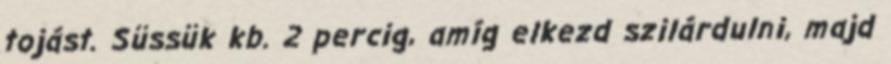
tojást. Süssük kb. 2 percig, amíg elkezd szilárdulni, majd